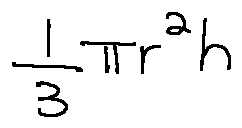
\frac { 1 } { 3 } \pi r ^ { 2 } h